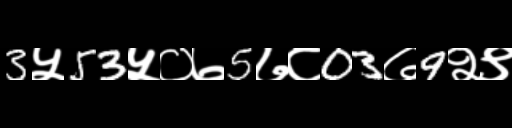
Text: 3५53५०७5७८03७9२९